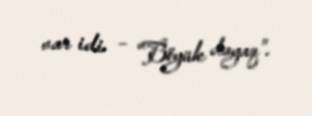
var idi – “Böyük dayaq”.